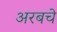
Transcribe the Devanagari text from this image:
अरबचे